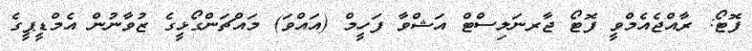
ފޮޓޯ: ރާއްޖެއެމްވީ ފޮޓޯ ޖާރނަލިސްޓް އަޝްވާ ފަހީމް (އައްވަ) މައްޗަންގޯޅީގެ ޒުވާނުން އެމްޑީޕީގެ